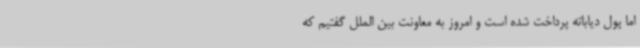
اما پول دیاباته پرداخت شده است و امروز به معاونت بین الملل گفتیم که